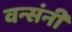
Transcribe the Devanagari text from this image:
वन्संनी